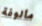
مألوفة